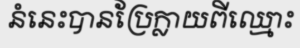
នំនេះបានប្រែក្លាយពីឈ្មោះ